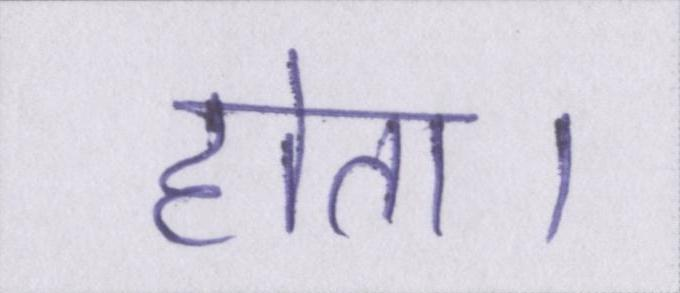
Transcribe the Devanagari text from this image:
होता।